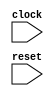
module top
(
	input clock,
	input reset
);
reg [5:0] r,w;
reg [1:0] state;
localparam S_IDLE = 2'b00, S_RUN = 2'b01;
always @(*) begin
    w=r+1;
end
always @(posedge clock) begin
    if(reset)begin
        r<=0;
        state <= S_IDLE;
    end
    else begin
        r<=w;
        if(r<5) state <= S_IDLE;
        else state <= S_RUN;
    end
end

endmodule